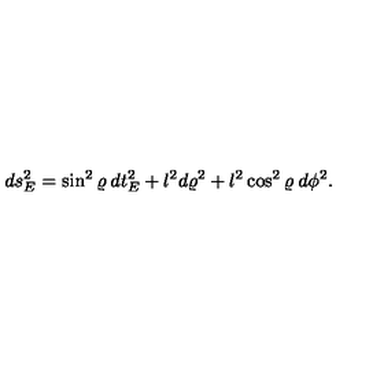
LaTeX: d s _ { E } ^ { 2 } = \sin ^ { 2 } \varrho \: d t _ { E } ^ { 2 } + l ^ { 2 } d \varrho ^ { 2 } + l ^ { 2 } \cos ^ { 2 } \varrho \: d \phi ^ { 2 } .